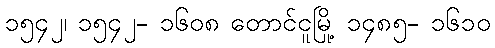
၁၅၄၂၊ ၁၅၄၂- ၁၆၀၈ တောင်ငူမြို့ ၁၄၈၅- ၁၆၁၀